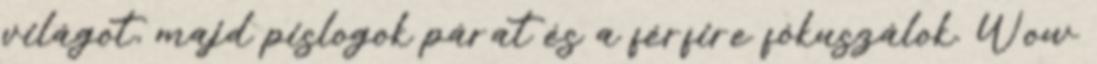
világot, majd pislogok párat és a férfire fókuszálok. Wow